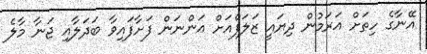
އޭނާގެ ހިތަށް އަރަމުން ދިޔައީ ޒަލަފްއަށް އަންނަން ފަށާފައިވާ ބަދަލާއި ޖަނާ މާލެ